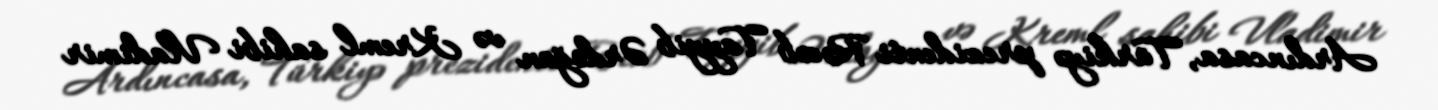
Ardıncasa, Türkiyə prezidenti Rəcəb Tayyib Ərdoğan və Kreml sahibi Vladimir